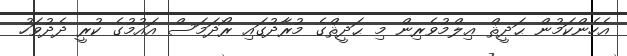
އެހެންކަމުން ޙަދީޘް ޢިލްމުވެރިން މި ޙަދީޘްގެ މުރާދުގައި ރޯދަމަސް އައުމުގެ ކުރީ ދެދުވަހު